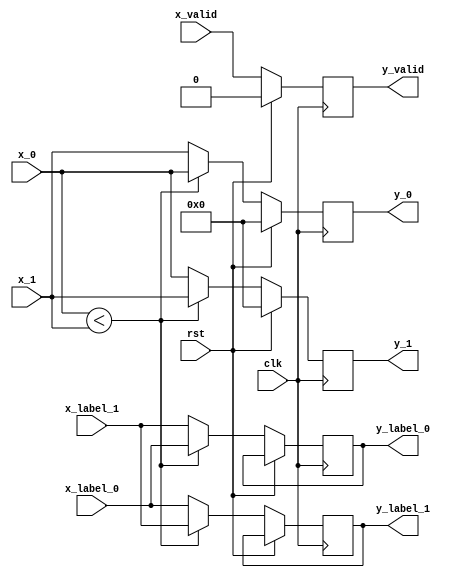
// This program was cloned from: https://github.com/john9636/SortingNetwork
// License: Apache License 2.0

//////////////////////////////////////////
//
// Module Name: input_2.v
// Created date: 08/10/2020
// Description: 2 input comparing/sorting
// Company: Shanghai Jiao Tong University
// 
///////////////////////////////////////////

`timescale 1ns / 1ps
module input_2 #
(
    parameter DATA_WIDTH = 8,
    parameter LABEL_WIDTH = 1,
    parameter SIGNED = 0,
    parameter ASCENDING = 1
)
(
    input clk, rst, x_valid,
    input [DATA_WIDTH-1 : 0] x_0, x_1,
    input [LABEL_WIDTH-1 : 0] x_label_0, x_label_1,
    output reg [DATA_WIDTH-1 : 0] y_0, y_1,
    output reg [LABEL_WIDTH-1 : 0] y_label_0, y_label_1,
    output reg y_valid
);

always @ (posedge clk)
begin
    if (rst == 1'b1) begin
        y_0 <= 0;
        y_1 <= 0;
        y_valid <= 0;
    end else begin
        y_valid <= x_valid;
        if (SIGNED == 0) begin
            if (ASCENDING == 1) begin
                if ($unsigned(x_0) < $unsigned(x_1)) begin
                    y_0 <= x_0;
                    y_label_0 <= x_label_0;
                    y_1 <= x_1;
                    y_label_1 <= x_label_1;
                end else begin
                    y_0 <= x_1;
                    y_label_0 <= x_label_1;
                    y_1 <= x_0;
                    y_label_1 <= x_label_0;
                end
            end else if (ASCENDING == 0) begin
                if ($unsigned(x_0) > $unsigned(x_1)) begin
                    y_0 <= x_0;
                    y_label_0 <= x_label_0;
                    y_1 <= x_1;
                    y_label_1 <= x_label_1;
                end else begin
                    y_0 <= x_1;
                    y_label_0 <= x_label_1;
                    y_1 <= x_0;
                    y_label_1 <= x_label_0;
                end
            end
        end else if (SIGNED == 1) begin
            if (ASCENDING == 1) begin
                if ($signed(x_0) < $signed(x_1)) begin
                    y_0 <= x_0;
                    y_label_0 <= x_label_0;
                    y_1 <= x_1;
                    y_label_1 <= x_label_1;
                end else begin
                    y_0 <= x_1;
                    y_label_0 <= x_label_1;
                    y_1 <= x_0;
                    y_label_1 <= x_label_0;
                end
            end else if (ASCENDING == 0) begin
                if ($signed(x_0) > $signed(x_1)) begin
                    y_0 <= x_0;
                    y_label_0 <= x_label_0;
                    y_1 <= x_1;
                    y_label_1 <= x_label_1;
                end else begin
                    y_0 <= x_1;
                    y_label_0 <= x_label_1;
                    y_1 <= x_0;
                    y_label_1 <= x_label_0;
                end
            end
        end
    end
end

endmodule